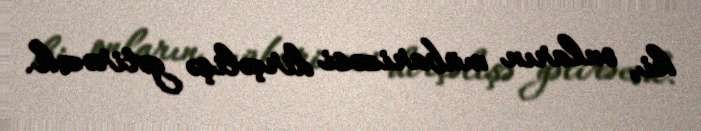
ki, onların mübarizəsi dirçəlişə gətirəcək.